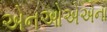
એનઓએએના